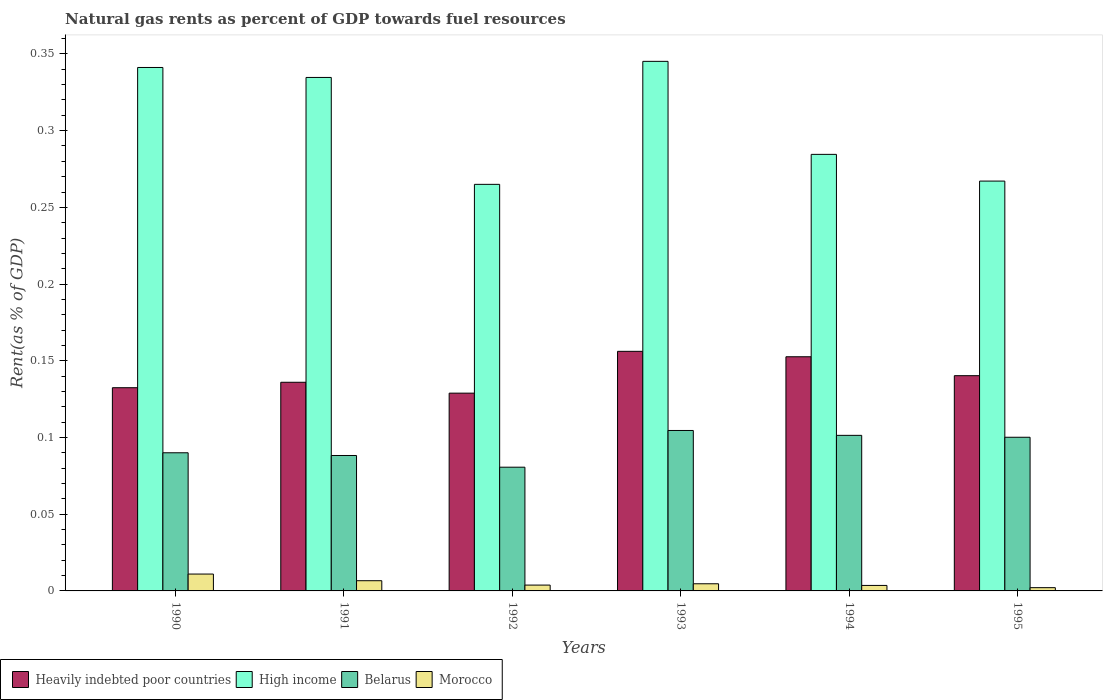
| Years | Heavily indebted poor countries | High income | Belarus | Morocco |
 | --- | --- | --- | --- | --- |
 | 1990 | 0.132 | 0.341 | 0.09 | 0.011 |
 | 1991 | 0.136 | 0.335 | 0.0883 | 0.00665 |
 | 1992 | 0.129 | 0.265 | 0.0806 | 0.0038 |
 | 1993 | 0.156 | 0.345 | 0.105 | 0.00466 |
 | 1994 | 0.153 | 0.285 | 0.101 | 0.00358 |
 | 1995 | 0.14 | 0.267 | 0.1 | 0.00212 |